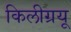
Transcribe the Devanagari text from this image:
किलीग्रयू